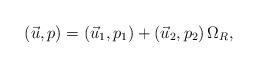
LaTeX: \begin{align*}(\vec u,p)=(\vec u_1,p_1)+(\vec u_2,p_2) \, \Omega_R,\end{align*}